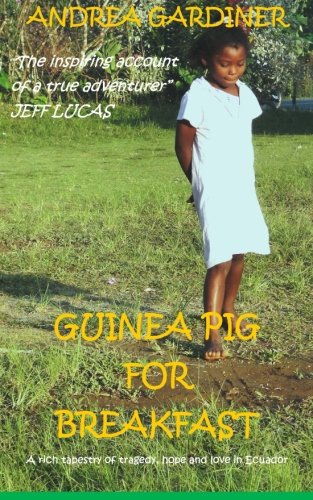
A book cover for Guinea Pig For Breakfast: A rich tapestry of tragedy, hope and love in Ecuador (Volume 1); Andrea Gardiner; Travel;